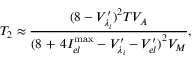
{ { T } _ { 2 } } \approx \frac { { { ( 8 - { { V } _ { { \lambda _ { i } } } ^ { \prime } } ) } ^ { 2 } } T V _ { A } } { { { ( 8 \mathrm { ~ + ~ } 4 I _ { e l } ^ { \operatorname* { m a x } } - { { V } _ { { \lambda _ { i } } } ^ { \prime } } - { { V } _ { e l } ^ { \prime } } ) } ^ { 2 } } V _ { M } } ,